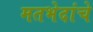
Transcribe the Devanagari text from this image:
मतभेदांचे